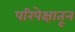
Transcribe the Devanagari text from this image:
परिपेक्षातून